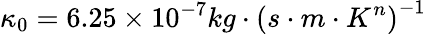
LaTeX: \kappa_{0}=6.25\times 10^{-7}kg\cdot\left(s\cdot m\cdot K^{n}\right)^{-1}